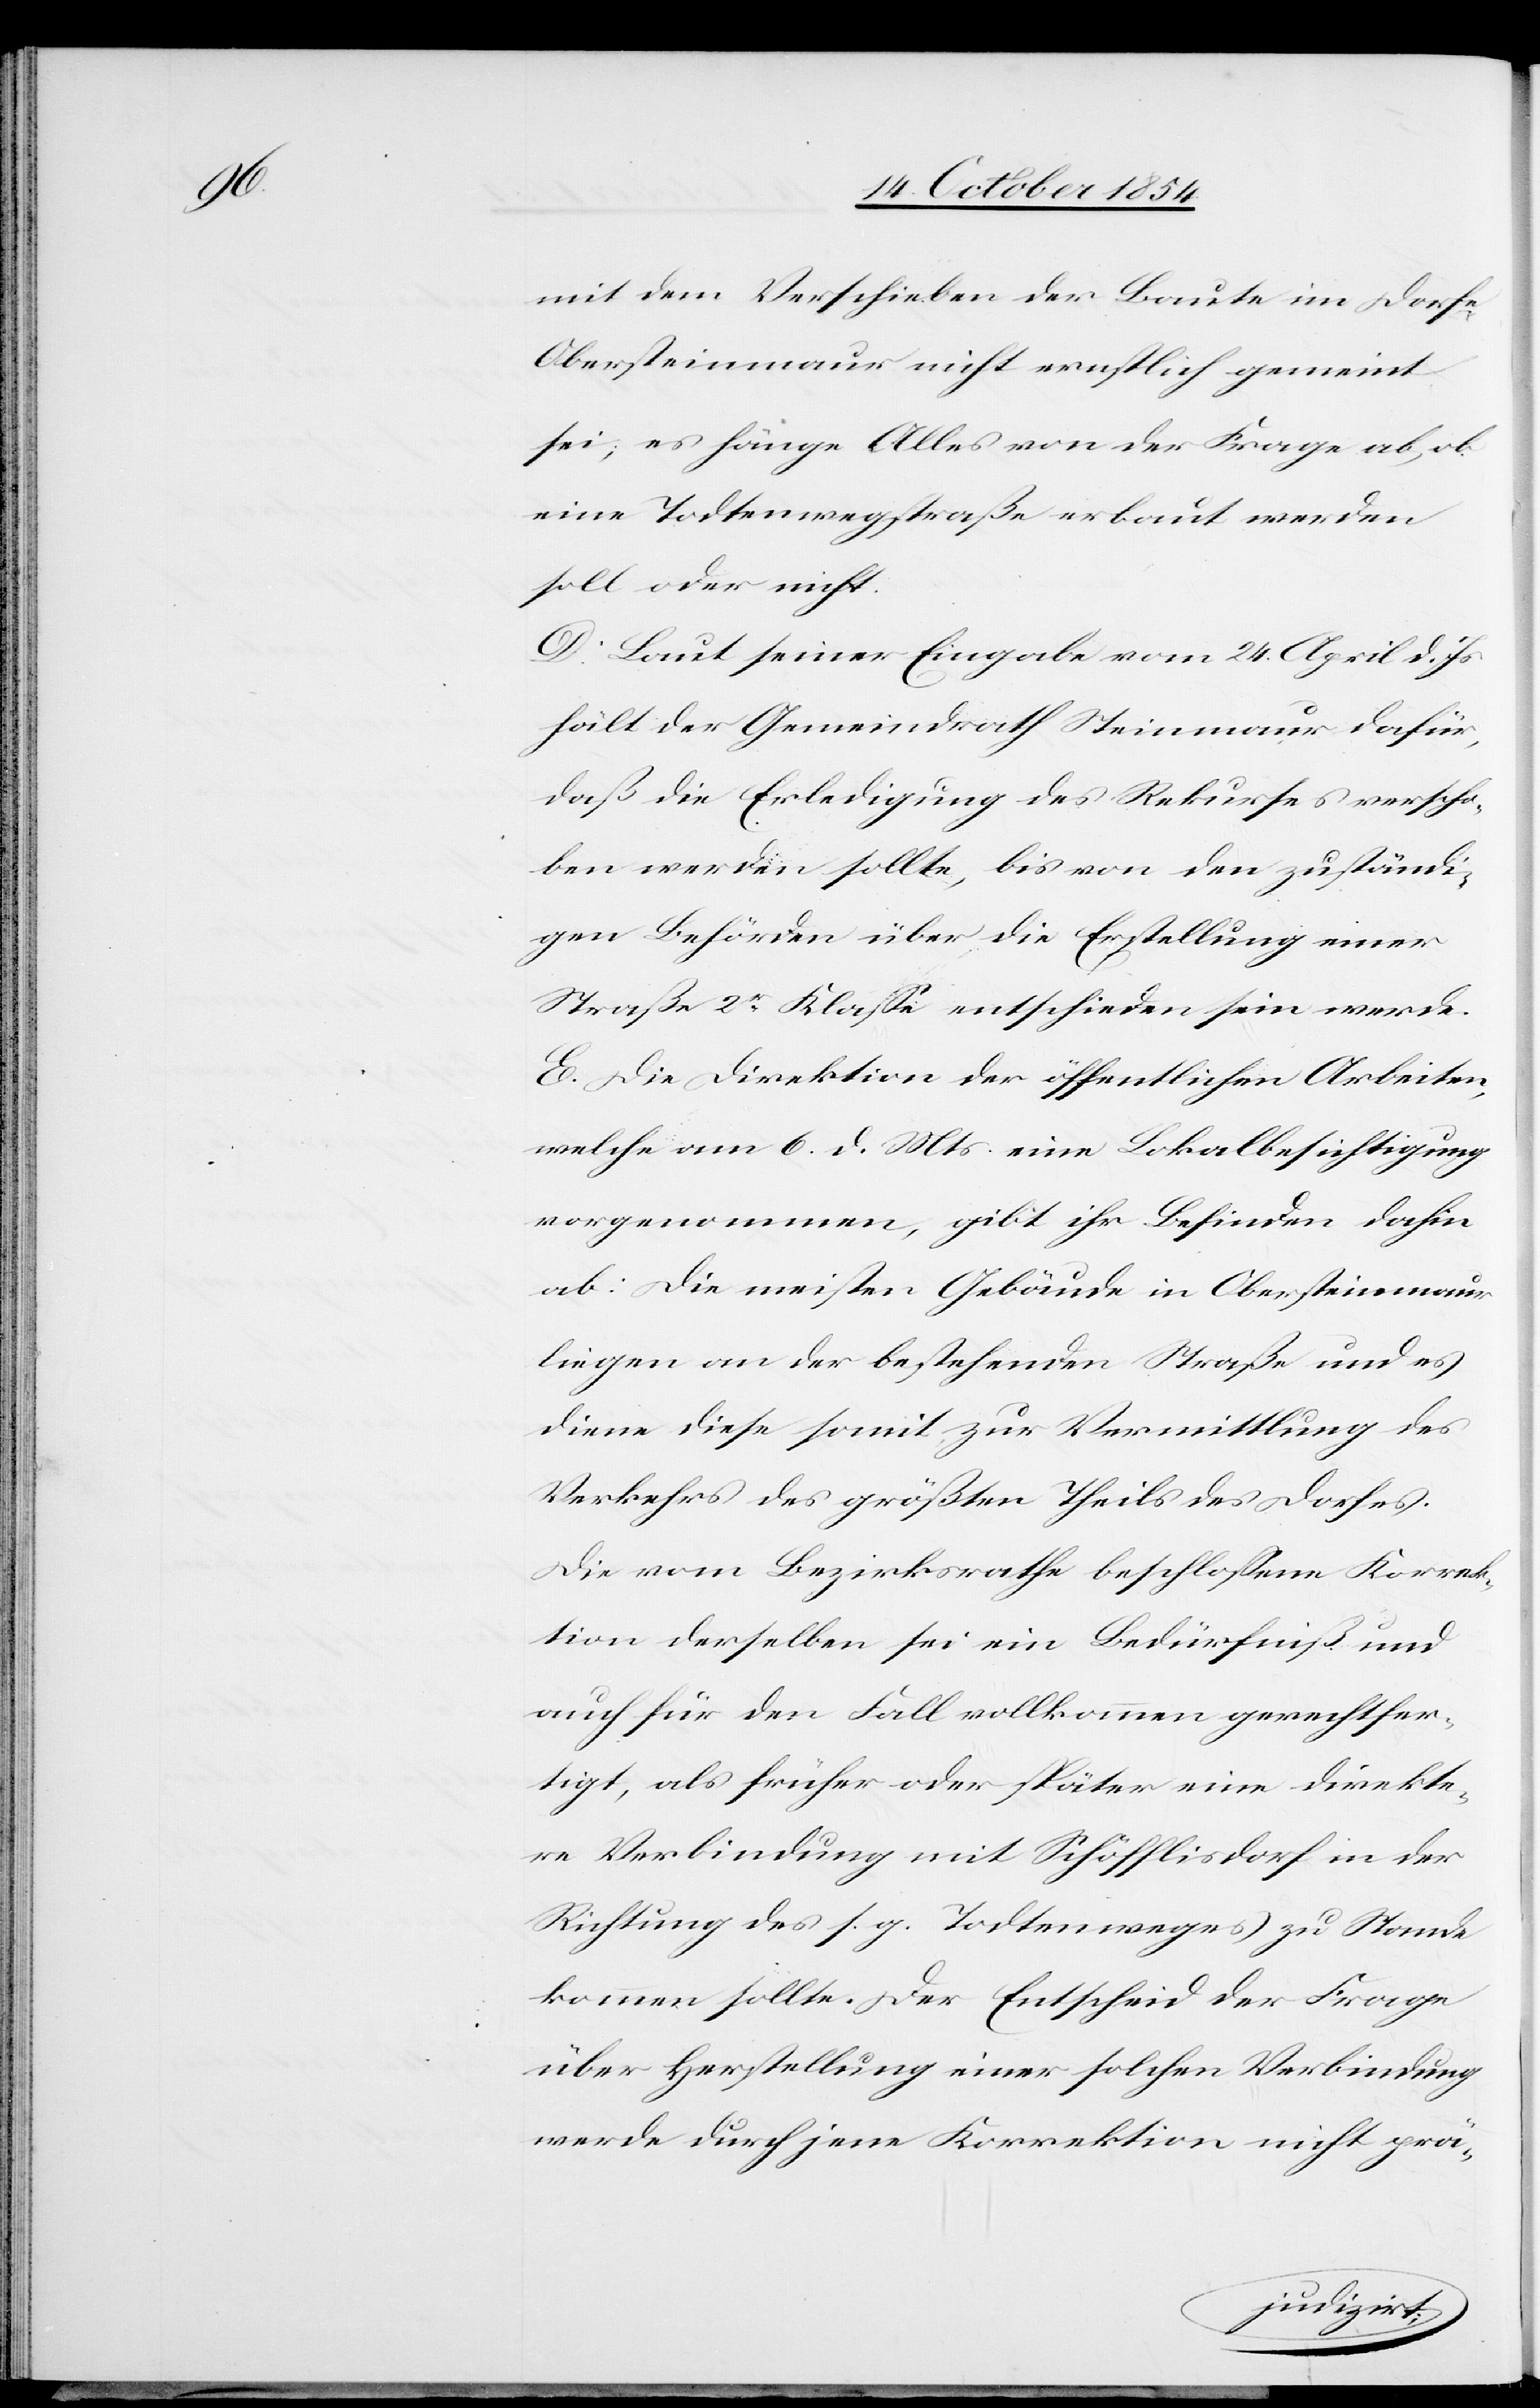
mit dem Verschieben der Baute im Dorfe
Obersteinmaur nicht ernstlich gemeint
sei; es hänge Alles von der Frage ab, ob
eine Todtenwegstraße erbaut werden
soll oder nicht.
D. Laut seiner Eingabe vom 24. April d. Js.
hält der Gemeindrath Steinmaur dafür,
daß die Erledigung des Rekurses verscho¬
ben werden sollte, bis von den zuständi¬
gen Behörden über die Erstellung einer
Straße 2r Klaße entscheiden sein werde.
E. Die Direktion der öffentlichen Arbeiten,
welche am 6. d. Mts. eine Lokalbesichtigung
vorgenommen, gibt ihr Befinden dahin
ab: Die meisten Gebäude in Obersteinmaur
liegen an der bestehenden Straße und es
Verkehrs des größten Theils des Dorfes.
Die vom Bezirksrathe beschloßene Korrek¬
tion derselben sei ein Bedürfniß und
auch für den Fall vollkommen gerechtfer¬
tigt, als früher oder später eine direkte¬
re Verbindung mit Schöfflisdorf in der
Richtung des s. g. Todtenweges zu Stande
kommen sollte. Der Entscheid der Frage
über Herstellung einer solchen Verbindung
werde durch jene Korrektion nicht prä-